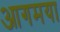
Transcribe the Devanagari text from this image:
आगमया